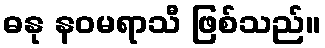
ဓနု နဝမရာသီ ဖြစ်သည်။